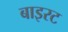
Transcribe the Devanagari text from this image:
बाइरट